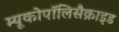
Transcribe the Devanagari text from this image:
म्यूकोपॉलिसैक्राइड